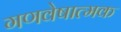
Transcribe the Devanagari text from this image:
गणवेषात्मक